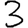
Digit: 3